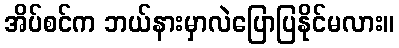
အိပ်စင်က ဘယ်နားမှာလဲပြောပြနိုင်မလား။